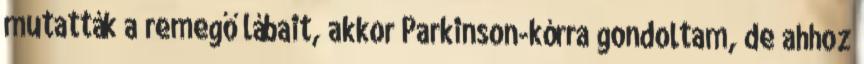
mutatták a remegő lábait, akkor Parkinson-kórra gondoltam, de ahhoz